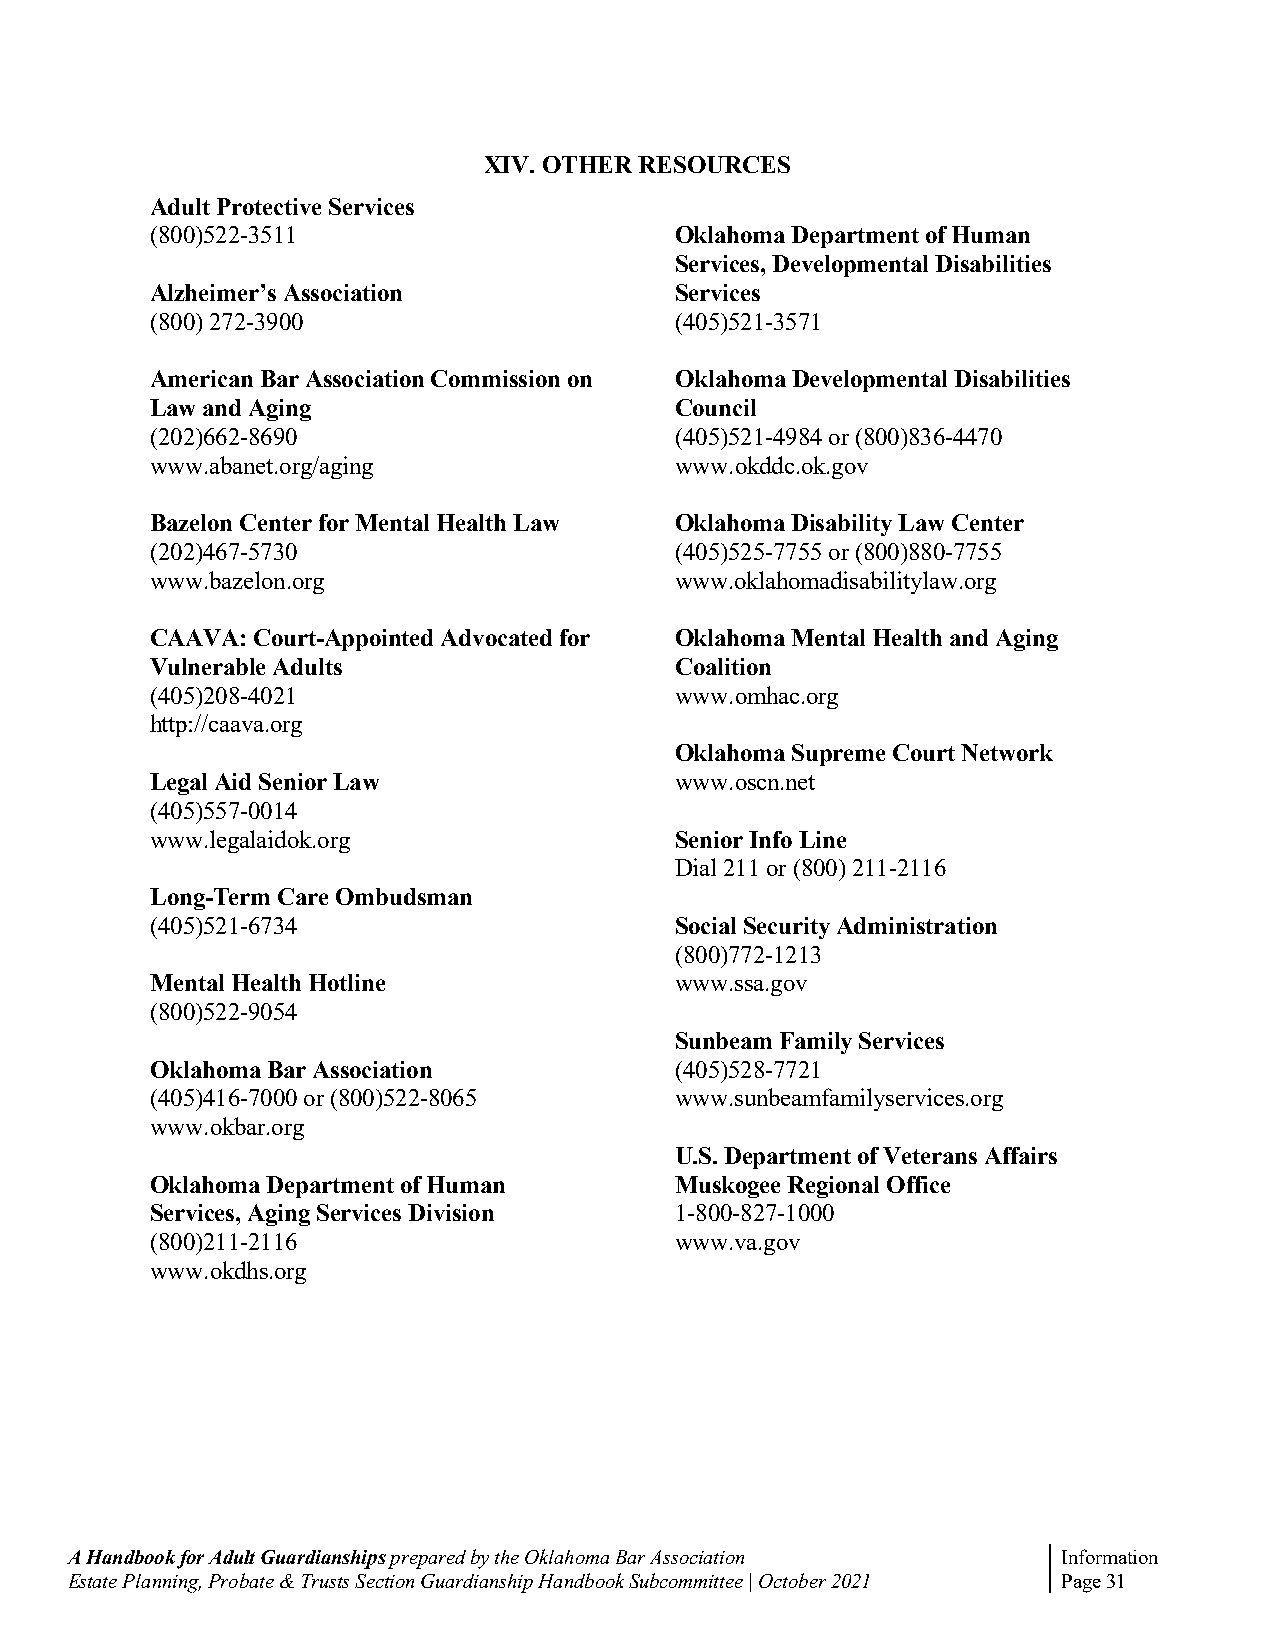
XIV. OTHER RESOURCES
 Adult Protective Services
 (800)522-3511                      Oklahoma Department of Human
 Services, Developmental Disabilities
 Alzheimer’s Association            Services
 (800) 272-3900                     (405)521-3571
 American Bar Association Commission on Oklahoma Developmental Disabilities
 Law and Aging                      Council
 (202)662-8690                      (405)521-4984 or (800)836-4470
 www.abanet.org/aging               www.okddc.ok.gov
 Bazelon Center for Mental Health Law Oklahoma Disability Law Center
 (202)467-5730                      (405)525-7755 or (800)880-7755
 www.bazelon.org                    www.oklahomadisabilitylaw.org
 CAAVA: Court-Appointed Advocated for Oklahoma Mental Health and Aging
 Vulnerable Adults                  Coalition
 (405)208-4021                      www.omhac.org
 http://caava.org
 Oklahoma Supreme Court Network
 Legal Aid Senior Law               www.oscn.net
 (405)557-0014
 www.legalaidok.org                 Senior Info Line
 Dial 211 or (800) 211-2116
 Long-Term Care Ombudsman
 (405)521-6734                      Social Security Administration
 (800)772-1213
 Mental Health Hotline              www.ssa.gov
 (800)522-9054
 Sunbeam Family Services
 Oklahoma Bar Association           (405)528-7721
 (405)416-7000 or (800)522-8065     www.sunbeamfamilyservices.org
 www.okbar.org
 U.S. Department of Veterans Affairs
 Oklahoma Department of Human       Muskogee Regional Office
 Services, Aging Services Division  1-800-827-1000
 (800)211-2116                      www.va.gov
 www.okdhs.org
 A Handbook for Adult Guardianships prepared by the Oklahoma Bar Association Information
 Estate Planning, Probate & Trusts Section Guardianship Handbook Subcommittee | October 2021 Page 31